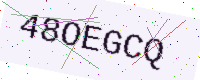
Text: 48OEGCQ